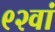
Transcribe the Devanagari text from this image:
९२वां